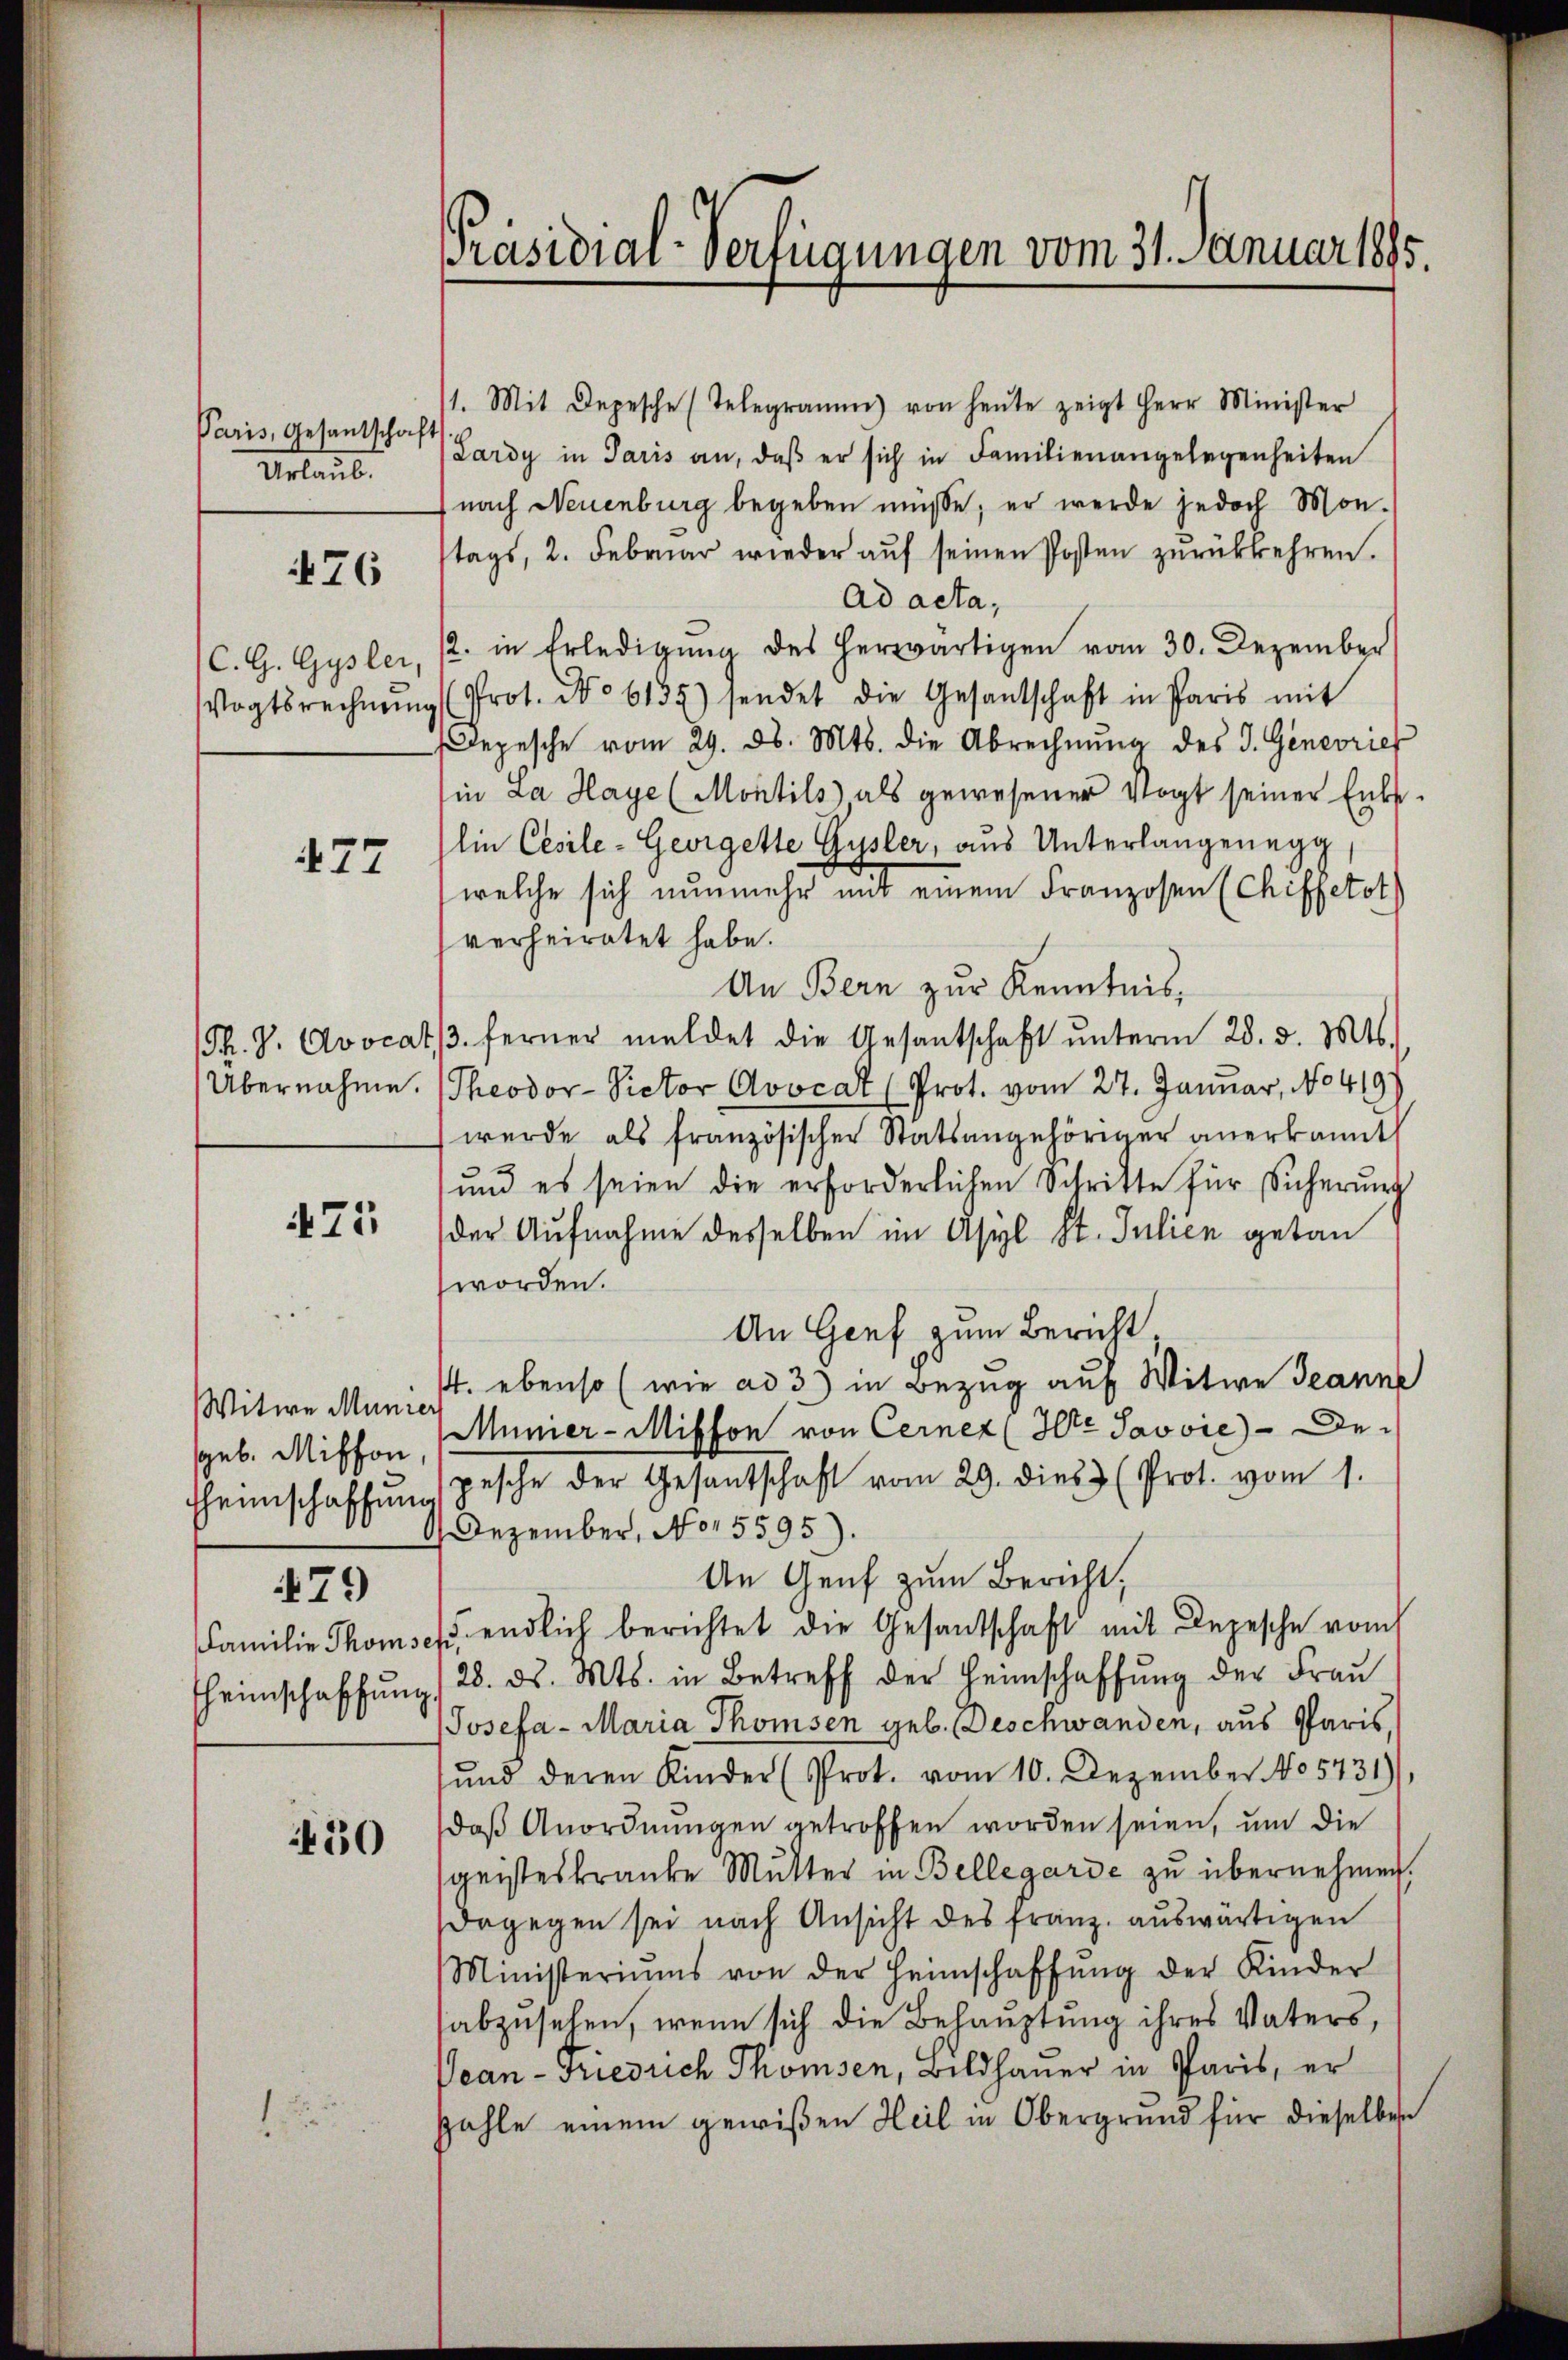
Paris, Gesantschaft
Urlaub.

476

477

471

Witwe Münzer
sgeb. Misson,

479

Theimschaffung

1430

1. Mit Depesche (Telegramm von heŭte zeigt Herr Minister
Lardy in Paris an, daβ er sich in Familienangelegenheiten
nach Neuenburg begeben müsse; er werde jedoch Montags, 2. Februar wieder aŭf seinen Posten zŭrückkehren.
Ad acta,
C.G. Gysler, 12. in Erledigung des herwärtigen vom 30. Dezember
Vogtsrechnŭng (Prot. No 6135) sendet die Gesantschaft in Paris mit
epesche vom 29. d. Mts. die Abrechnŭng des J. Genevrief
in La Haye (Montils als gewesener Vogt seiner Enkelin Cesile-Gevigette Gysler, aus Unterlangenegg
welche sich nunmehr mit einem Franzosen (Chiffetot
verheiratet habe.
An Bern zur Kenntnis,
Ph. J. Avocatβ. ferner meldet die Gesantschaft ŭnterm 28. d. Ms.
Übernahme. (Theodor-Victor Avocat (Prot. vom 27. Januar, No 419)
werde als französischer Statsangehöriger anerkannt
und es seien die erforderlichen Schritte für Sicherung
der Aufnahme desselben im Asyl St. Julien getan
worden.
An Genf zum Bericht,
. ebenso (wie ad 3) in Bezug auf Witwe Jeanne
Mümer-Miffon von Cerner (Herr Javvie) - De-
Eheinschaffŭng gesche der Gesantschaft vom 29. dies 3 (Prot. vom 1.
Dezember, No 15595).
An Genf zum Bericht,
Familie Thomses, endlich berichtet die Gesandschaft mit Depesche vom
28. ds. Mts. in Betreff der Heimschaffung der Frau
Josefa - Maria Thomsen geb. Deschwanden, aus Paris,
sŭnd deren Kinder (Prot. vom 10. Dezember. 05731),
daβ Anordnŭngen getroffen worden seien, um die
sgeisteskranke Mutter in Bellegarde zu übernehmen.
dagegen sei nach Ansicht des Franz auswärtigen
Ministeriums von der Heimschaffŭng der Kinder
abzusehen, wenn sich die Behauptung ihres Vaters,
Vean-Friedrich Thomsen, Bildhauer in Paris, er
zahle einem gewißen Heil in Obergrund für dieselben

Präsidial-Verfügungen vom 31. Januar 1885.